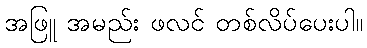
အဖြူ အမည်း ဖလင် တစ်လိပ်ပေးပါ။